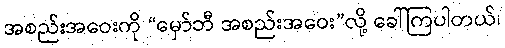
အစည်းအဝေးကို “မှော်ဘီ အစည်းအဝေး”လို့ ခေါ်ကြပါတယ်၊